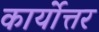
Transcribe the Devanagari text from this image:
कार्योत्तर